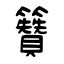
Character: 籫